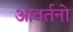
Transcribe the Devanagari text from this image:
आवर्तनो